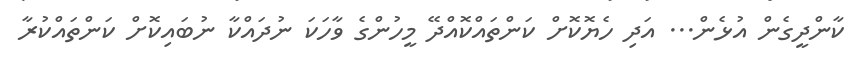
ކާންދީގެން އުޅެން... އަދި ހެޔޮކޮށް ކަންތައްކޮއްދޭ މީހުންގެ ވާހަކަ ނުދައްކާ ނުބައިކޮށް ކަންތައްކުރާ